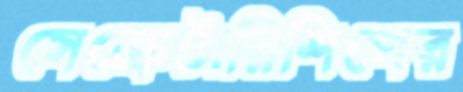
সেক্রেটারিশিপের